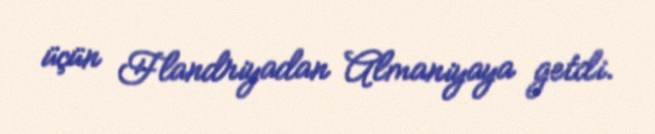
üçün Flandriyadan Almaniyaya getdi.